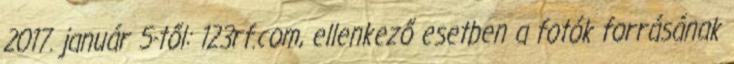
2017. január 5-től: 123rf.com, ellenkező esetben a fotók forrásának